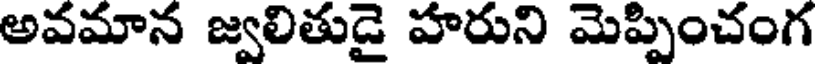
అవమాన జ్వలితుడై హరుని మెప్పించంగ